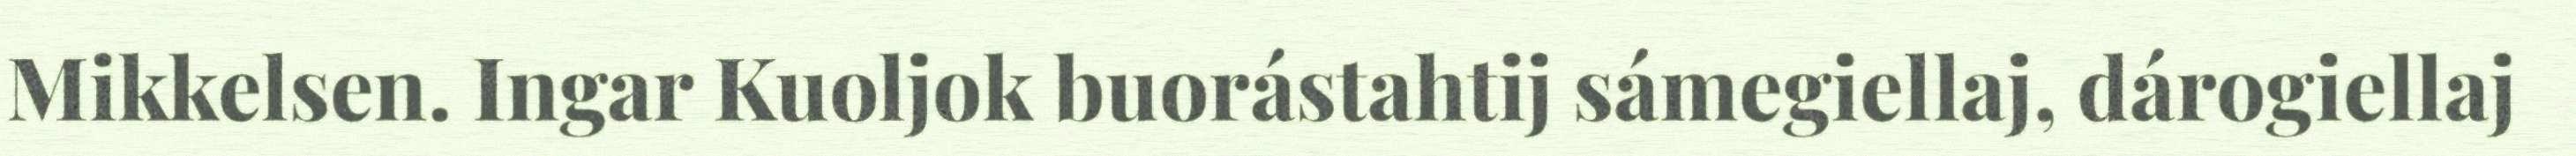
Mikkelsen. Ingar Kuoljok buorástahtij sámegiellaj, dárogiellaj